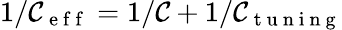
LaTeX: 1/\mathcal{C}_{\mathrm{{~e~f~f~}}}=1/\mathcal{C}+1/\mathcal{C}_{\mathrm{{~t~u~n~i~n~g~}}}